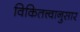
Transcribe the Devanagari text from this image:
विकितत्त्वानुसार